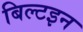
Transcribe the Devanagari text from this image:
बिल्टइन